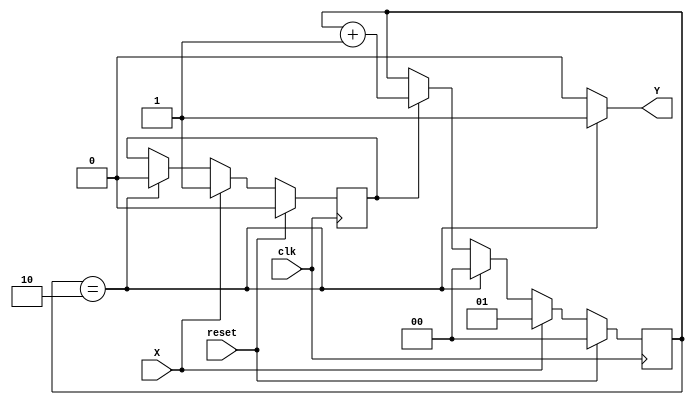
module nextReg_1(X, Y, reset, clk);
   parameter depth=2;
   parameter logDepth=1;
   output Y;
   input X;
   input              clk, reset;
   reg [logDepth:0] count;
   reg                active;
   assign Y = (count == depth) ? 1 : 0;
   always @ (posedge clk) begin
      if (reset == 1) begin
         count <= 0;
         active <= 0;
      end
      else if (X == 1) begin
         active <= 1;
         count <= 1;
      end
      else if (count == depth) begin
         count <= 0;
         active <= 0;
      end
      else if (active)
         count <= count+1;
   end
endmodule